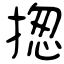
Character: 揔